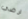
ارضي